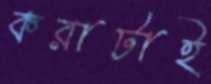
করাটাই